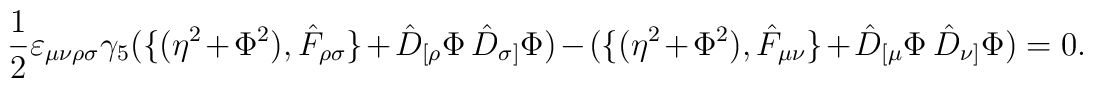
\frac{1}{2} \varepsilon_{\mu \nu \rho \sigma} \gamma_5 (\{ (\eta^2 +\Phi^2),\hat F_{\rho \sigma} \} +\hat D_{[\rho} \Phi \: \: \hat D_{\sigma]} \Phi) - (\{ (\eta^2 +\Phi^2),\hat F_{\mu \nu} \} +\hat D_{[\mu} \Phi \: \: \hat D_{\nu]} \Phi) =0.